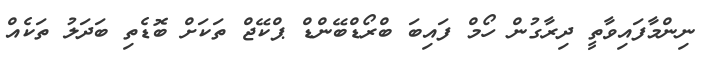
ނިންމާފައިވާތީ ދިރާގުން ހޯމް ފައިބަ ބްރޯޑްބޭންޑް ޕްކޭޖް ތަކަށް ބޮޑެތި ބަދަލު ތަކެއް